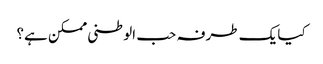
کیا یک طرفہ حب الوطنی ممکن ہے؟